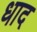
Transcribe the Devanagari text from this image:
धाद